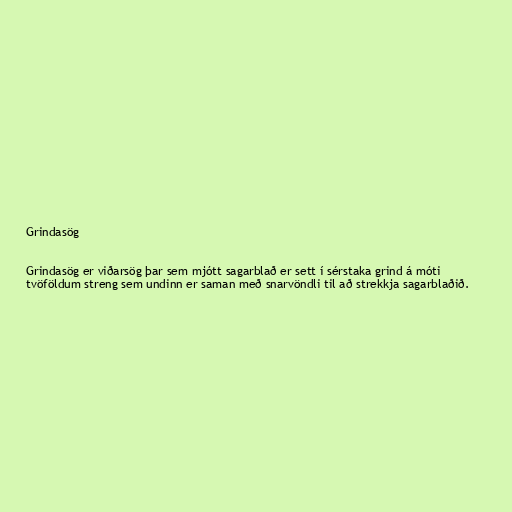
Grindasög

Grindasög er viðarsög þar sem mjótt sagarblað er sett í sérstaka grind á móti
tvöföldum streng sem undinn er saman með snarvöndli til að strekkja sagarblaðið.